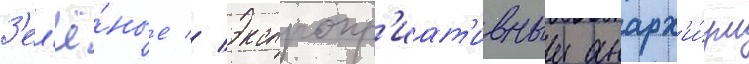
З'ел'ё́ные // Экспропр'иат'ивныи анарх'и́зм